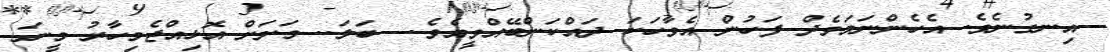
އިނގުނެވެ. އެހެންނަމަވެދް ފަހުން އެވާހަކަ ދައްކަންބޭއްވީއެވެ.  ބަލަ.. މަށަށް އޮޅިއްޖެމިހާރު މީނަ